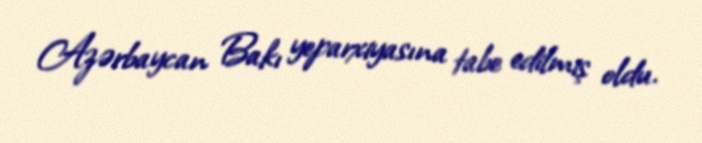
Azərbaycan Bakı yeparxiyasına tabe edilmiş oldu.